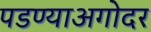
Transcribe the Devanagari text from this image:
पडण्याअगोदर